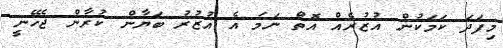
މިފަދަ ކަމަކުން އުޒުރެއް އޮތް ނަމަ އެ އުޒުރު ބަޔާން ކުރާން ޖެހޭނީ